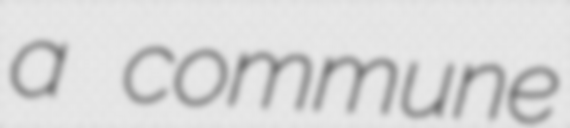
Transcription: a commune